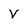
Character: V